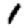
Digit: 1